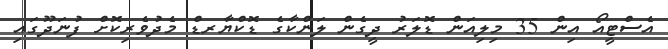
އެސްޓީއޯ އިން 35 މިލިއަން ޑޮލަރު ދީގެން ލަންކާގެ ޑޮކްޔާރޑް މެދުވެރިކޮށް ފުނަދޫގައި